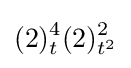
(2)_{t}^{4}(2)_{t^{2}}^{2}